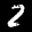
Label: 2